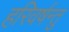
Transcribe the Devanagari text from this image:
हरिवर्षन्तु